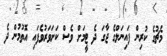
މެޗުގެ ކުރިން ފައިނަލްގެ ޖާގަ ދެ ޓީމަށް ވެސް ކަށަވަރުވެފައި އޮތުމުން ދެ